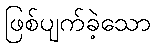
ဖြစ်ပျက်ခဲ့သော